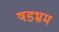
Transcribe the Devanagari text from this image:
षडभ्रम